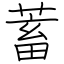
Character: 蓄